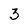
Character: 3